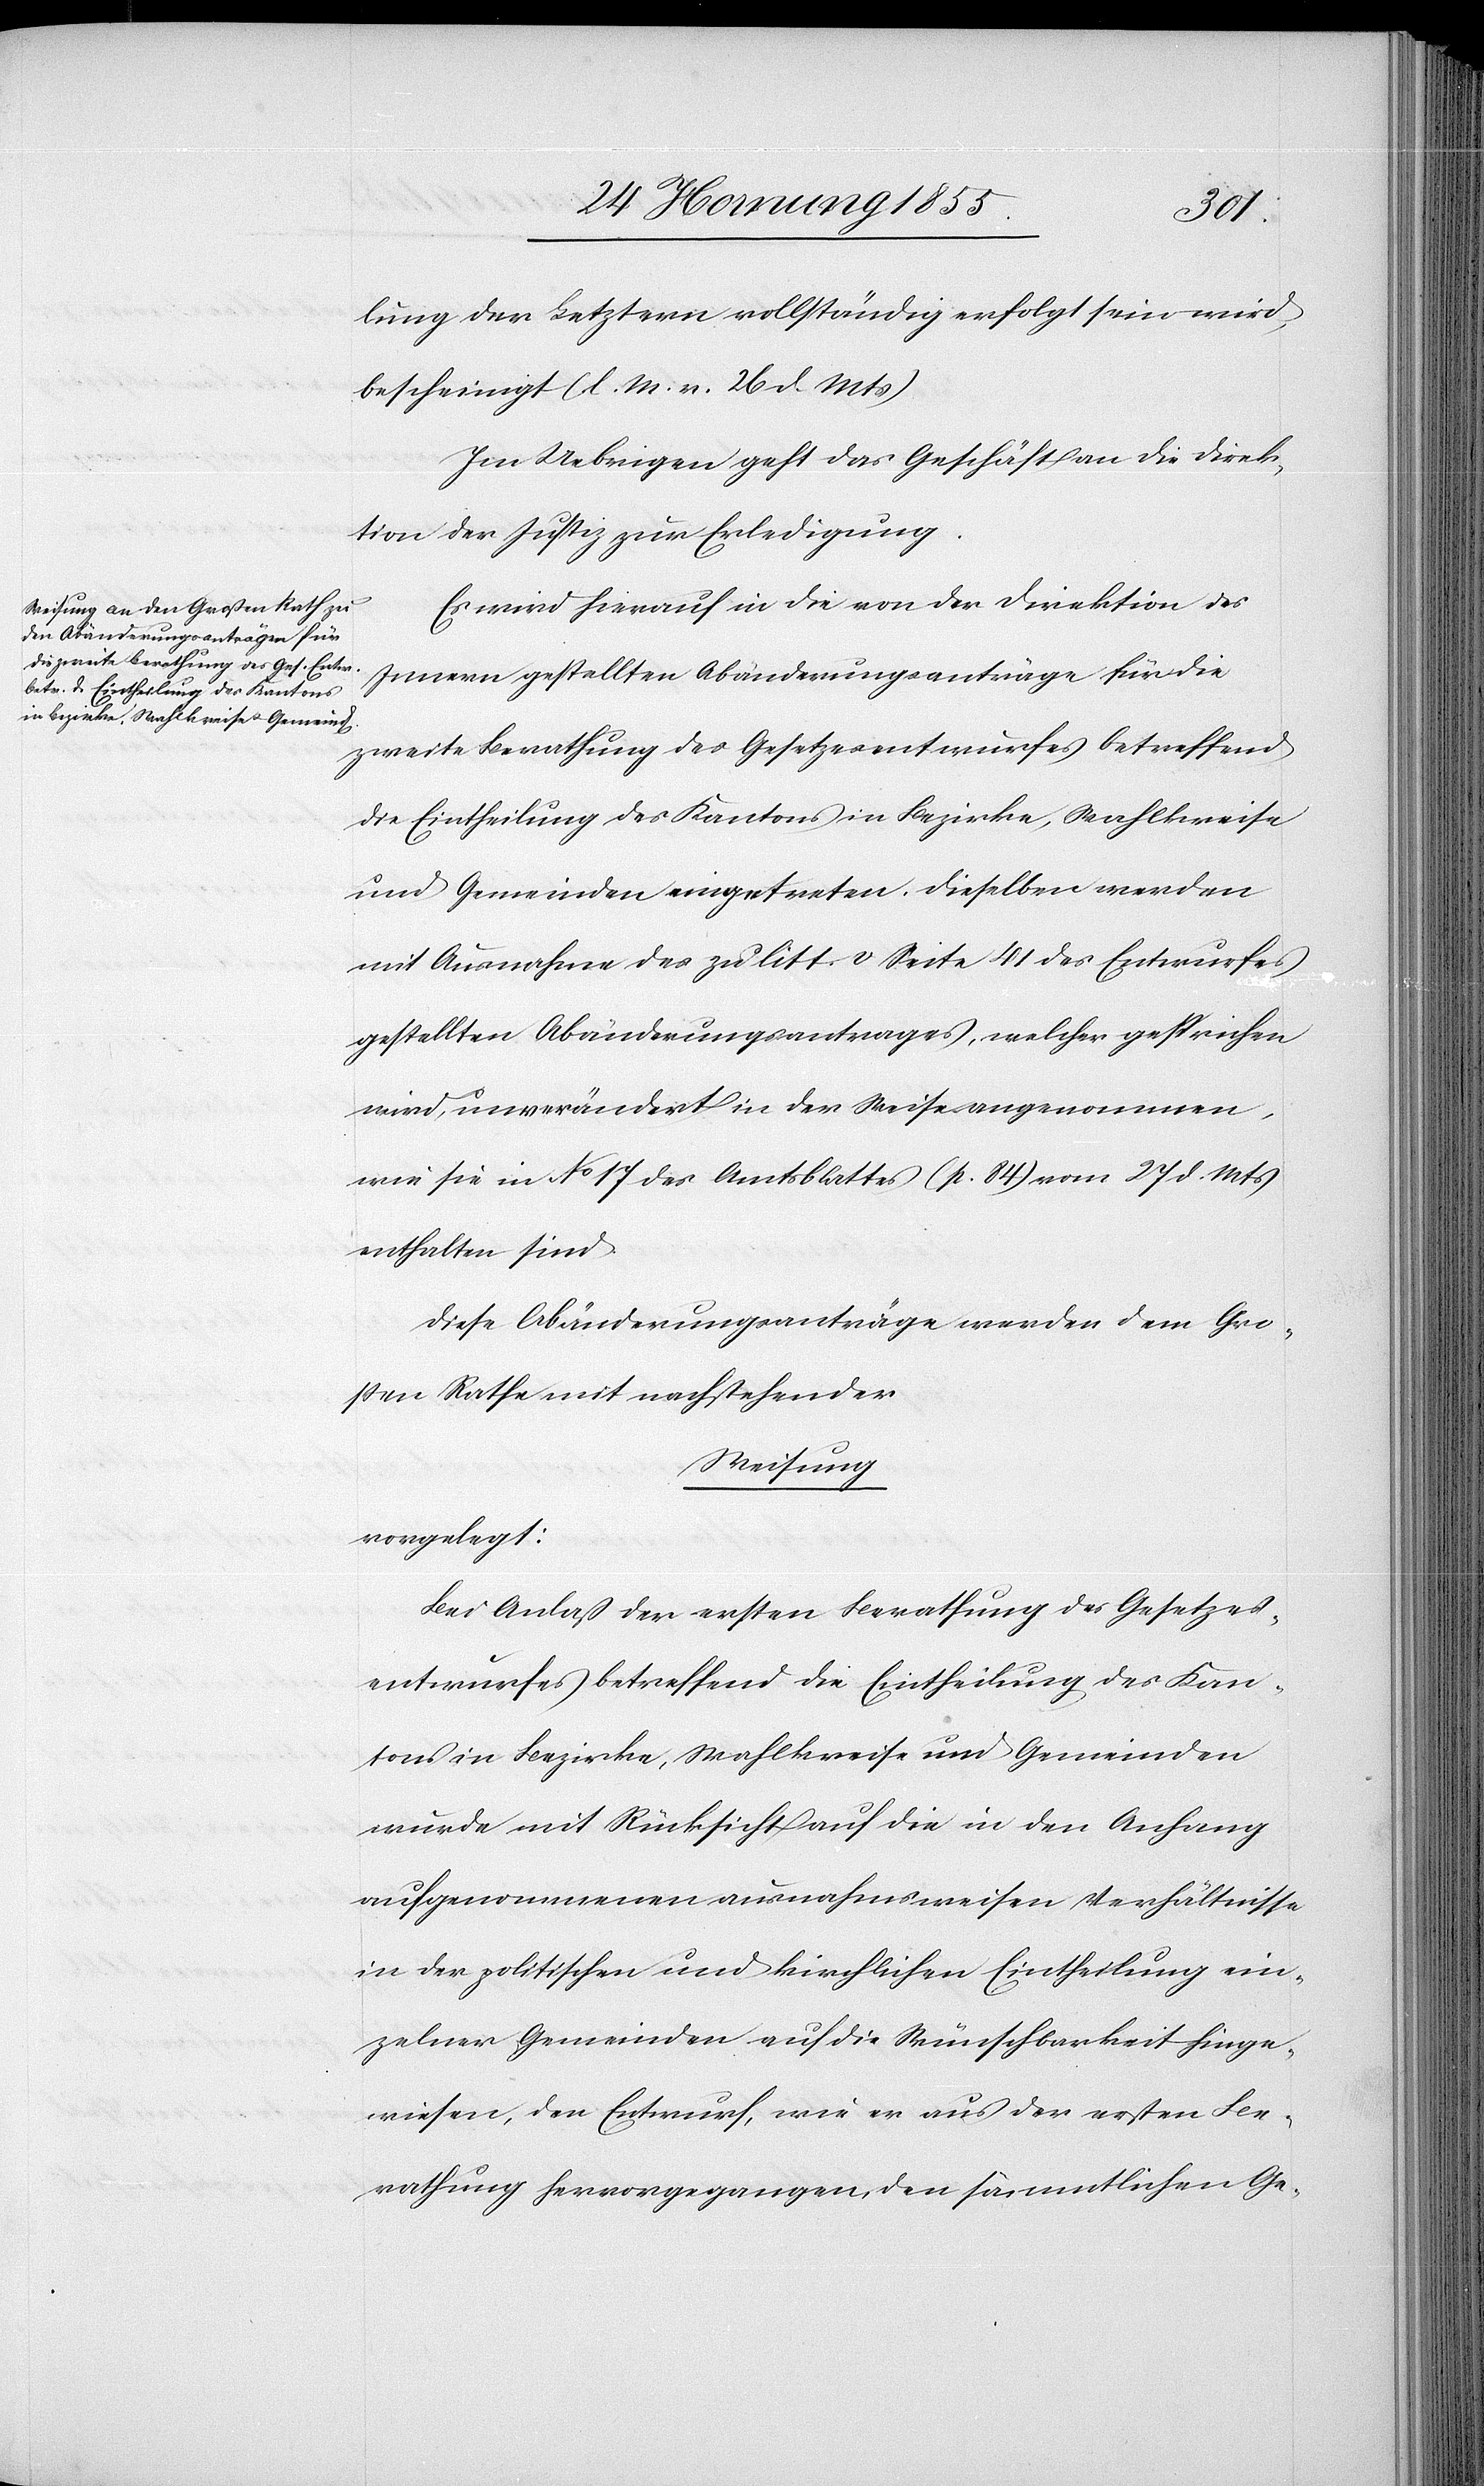
lung der Letztern vollständig erfolgt sein wird,
bescheinigt (l. M. v. 26 d. Mts)
Im Uebrigen geht das Geschäft an die Direk¬
tion der Justiz zur Erledigung.
Es wird hierauf in die von der Direktion des
Innern gestellten Abänderungsanträge für die
zweite Berathung des Gesetzesentwurfes betreffend
die Eintheilung des Kantons in Bezirke, Wahlkreise
und Gemeinden eingetreten. Dieselben werden
mit Ausnahme des zu litt. [?v] Seite 41 des Entwurfes
gestellten Abänderungsantrages, welcher gestrichen
wird, unverändert in der Weise angenommen,
wie sie in No 17 des Amtsblattes (p. 84) vom 27 d. Mts
enthalten sind.
Diese Abänderungsanträge werden dem Gro¬
ßen Rathe mit nachstehender
Weisung
vorgelegt:
Bei Anlaß der ersten Berathung des Gesetzes¬
entwurfes betreffend die Eintheilung des Kan¬
tons in Bezirke, Wahlkreise und Gemeinden
wurde mit Rücksicht auf die in den Anhang
aufgenommenen ausnahmsweisen Verhältnisse
in der politischen und kirchlichen Eintheilung ein¬
zelner Gemeinden auf die Wünschbarkeit hinge¬
wiesen, den Entwurf, wie er aus der ersten Be¬
rathung hervorgegangen, den sämmtlichen Ge-